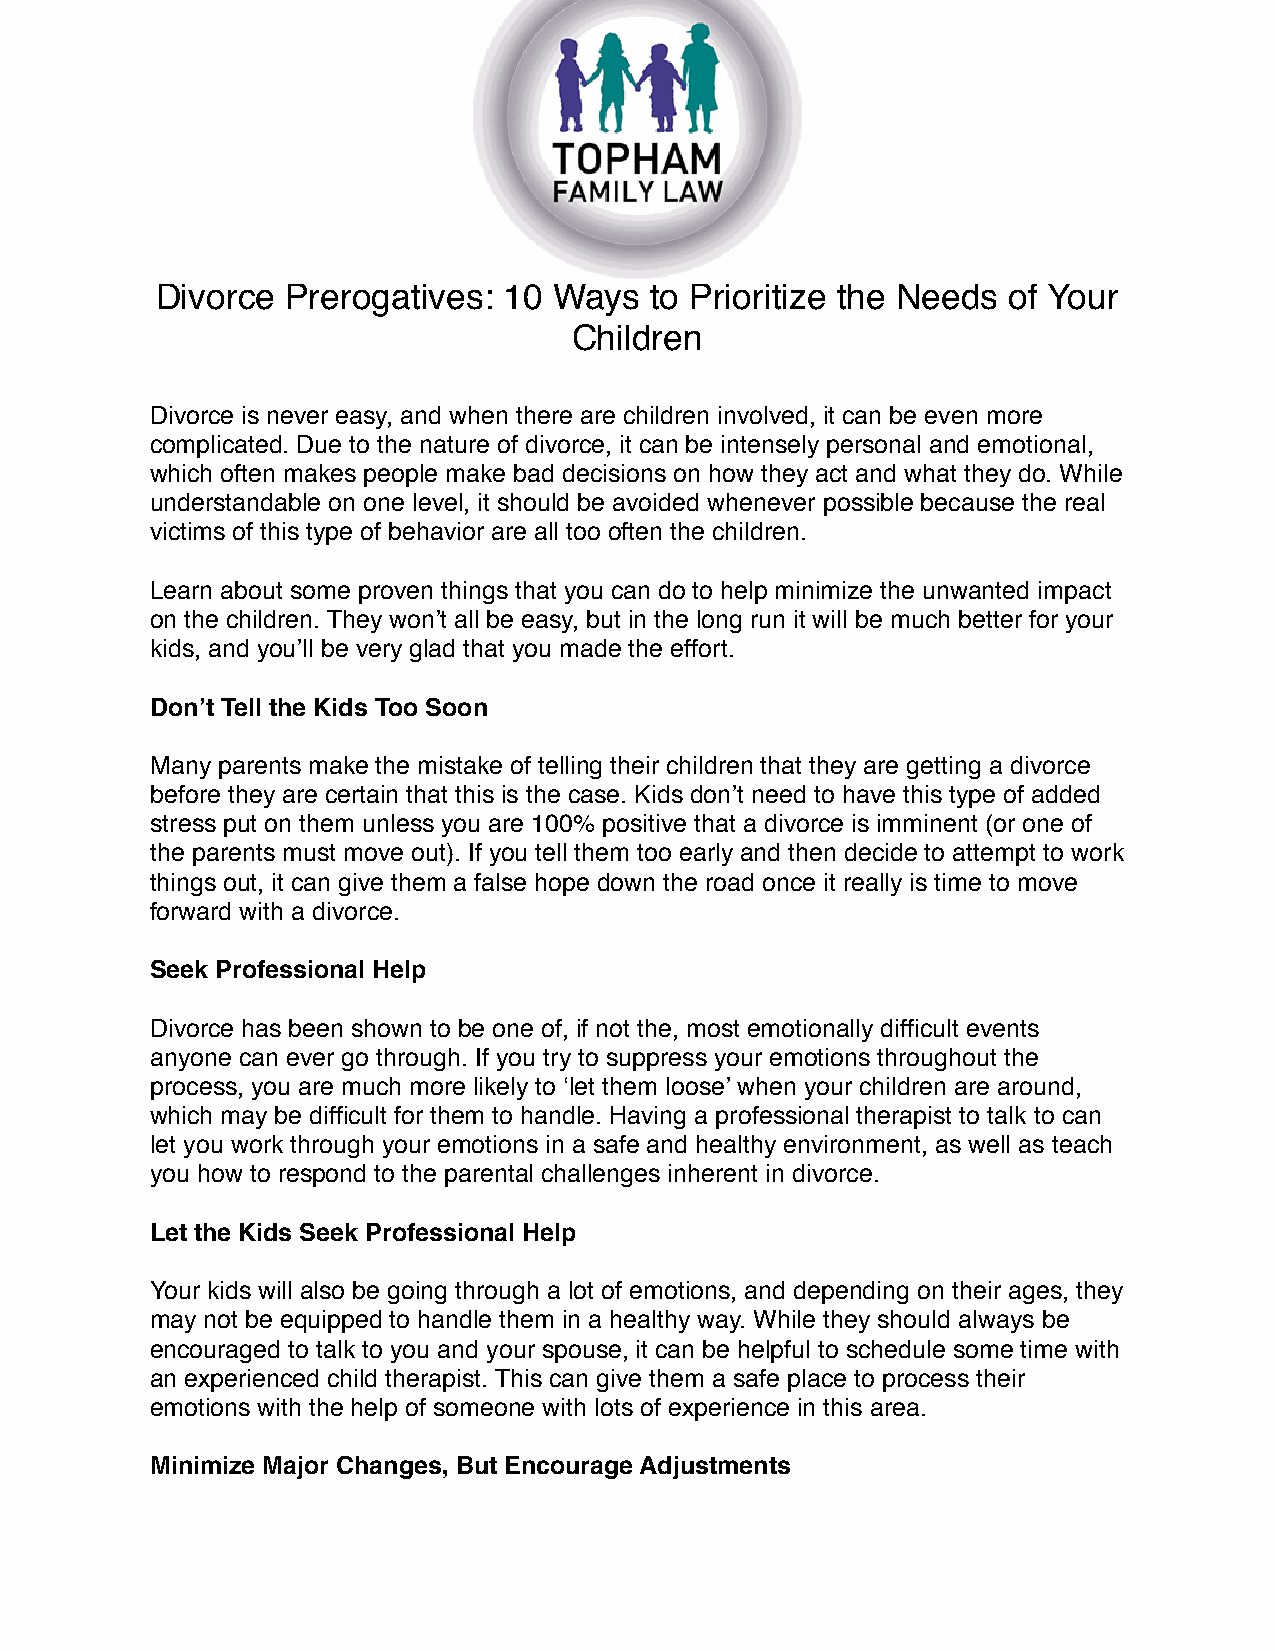
Divorce  Prerogatives: 10  Ways  to Prioritize the Needs of Your
 Children
 Divorce is never easy, and when there are children involved, it can be even more
 complicated. Due to the nature of divorce, it can be intensely personal and emotional,
 which often makes people make bad decisions on how they act and what they do. While
 understandable on one level, it should be avoided whenever possible because the real
 victims of this type of behavior are all too often the children.
 Learn about some proven things that you can do to help minimize the unwanted impact
 on the children. They won’t all be easy, but in the long run it will be much better for your
 kids, and you’ll be very glad that you made the effort.
 Don’t Tell the Kids Too Soon
 Many parents make the mistake of telling their children that they are getting a divorce
 before they are certain that this is the case. Kids don’t need to have this type of added
 stress put on them unless you are 100% positive that a divorce is imminent (or one of
 the parents must move out). If you tell them too early and then decide to attempt to work
 things out, it can give them a false hope down the road once it really is time to move
 forward with a divorce.
 Seek Professional Help
 Divorce has been shown to be one of, if not the, most emotionally difficult events
 anyone can ever go through. If you try to suppress your emotions throughout the
 process, you are much more likely to ‘let them loose’ when your children are around,
 which may be difficult for them to handle. Having a professional therapist to talk to can
 let you work through your emotions in a safe and healthy environment, as well as teach
 you how to respond to the parental challenges inherent in divorce.
 Let the Kids Seek Professional Help
 Your kids will also be going through a lot of emotions, and depending on their ages, they
 may not be equipped to handle them in a healthy way. While they should always be
 encouraged to talk to you and your spouse, it can be helpful to schedule some time with
 an experienced child therapist. This can give them a safe place to process their
 emotions with the help of someone with lots of experience in this area.
 Minimize Major Changes, But Encourage Adjustments